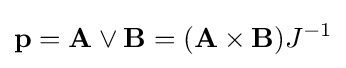
\mathbf {p} =\mathbf {A} \lor \mathbf {B} =(\mathbf {A} \times \mathbf {B} )J^{-1}